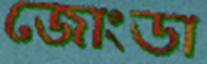
জোংডা